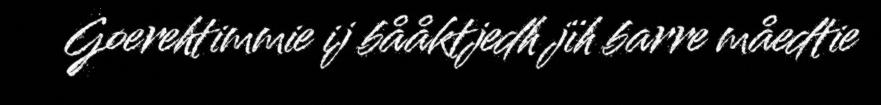
Goerehtimmie ij bååktjedh jïh barre måedtie